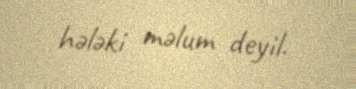
hələki məlum deyil.